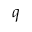
q